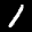
Label: 1